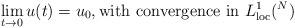
LaTeX: \begin{align*}\lim\limits_{t\to0}u(t)=u_0, {\rm with \ convergence \ in} \ L^1_{\rm loc}(\real^N)\end{align*}